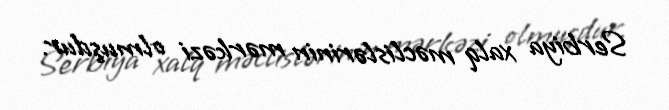
Serbiya xalq məclislərinin mərkəzi olmuşdur.